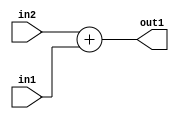
`timescale 1ps / 1ps
/*****************************************************************************
    Verilog RTL Description
    
    
    Created by: Stratus DpOpt 2019.1.01 
*******************************************************************************/

module st_weight_addr_gen_Add_16Ux6U_16U_4_3 (
	in2,
	in1,
	out1
	); /* architecture "behavioural" */ 
input [15:0] in2;
input [5:0] in1;
output [15:0] out1;
wire [15:0] asc001;

assign asc001 = 
	+(in2)
	+(in1);

assign out1 = asc001;
endmodule

/* CADENCE  ubLzTAk= : u9/ySgnWtBlWxVPRXgAZ4Og= ** DO NOT EDIT THIS LINE ******/